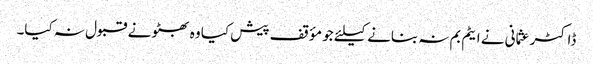
ڈاکٹر عثمانی نے ایٹم بم نہ بنانے کیلئے جو مؤقف پیش کیا وہ بھٹو نے قبول نہ کیا۔